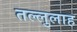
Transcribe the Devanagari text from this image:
तल्लुलाह